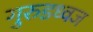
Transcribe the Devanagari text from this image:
गुरुडध्वज